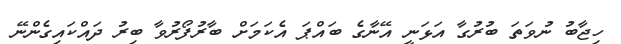
ހިޖާބު ނުވަތަ ބުރުގާ އަޅަނީ އޭނާގެ ބައްޕަ އެކަމަށް ބާރުފޯރުވާ ބިރު ދައްކައިގެންނޭ